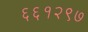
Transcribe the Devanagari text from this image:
६६१२९७